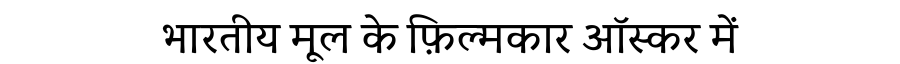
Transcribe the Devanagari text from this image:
भारतीय मूल के फ़िल्मकार ऑस्कर में